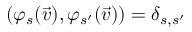
( \varphi _ { s } ( \vec { v } ) , \varphi _ { s ^ { \prime } } ( \vec { v } ) ) = \delta _ { s , s ^ { \prime } }